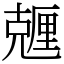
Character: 兣